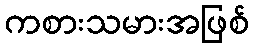
ကစားသမားအဖြစ်